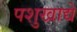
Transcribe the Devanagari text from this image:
पशुखाद्ये